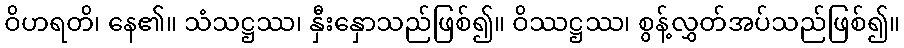
ဝိဟရတိ၊ နေ၏။ သံသဋ္ဌဿ၊ နှီးနှောသည်ဖြစ်၍။ ဝိဿဋ္ဌဿ၊ စွန့်လွှတ်အပ်သည်ဖြစ်၍။